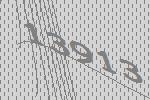
13913